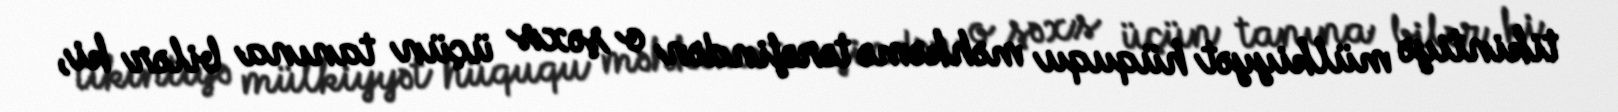
tikintiyə mülkiyyət hüququ məhkəmə tərəfindən o şəxs üçün tanına bilər ki,